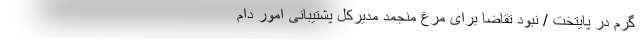
گرم در پایتخت / نبود تقاضا برای مرغ منجمد مدیرکل پشتیبانی امور دام